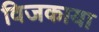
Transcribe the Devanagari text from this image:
विजकाया